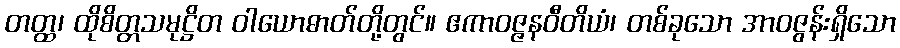
တတ္ထ၊ ထိုစိတ္တသမုဋ္ဌိတ ဝါယောဓာတ်တို့တွင်။ ဧကာဝဇ္ဇနဝီတိယံ၊ တစ်ခုသော အာဝဇွန်းရှိသော